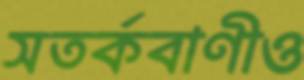
সতর্কবাণীও